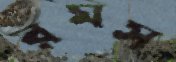
রমস